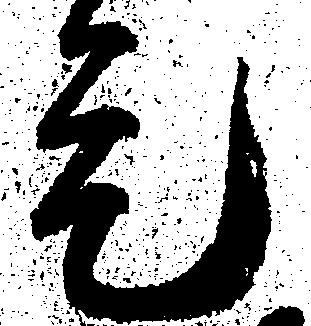
是